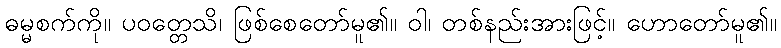
ဓမ္မစက်ကို။ ပဝတ္တေသိ၊ ဖြစ်စေတော်မူ၏။ ဝါ၊ တစ်နည်းအားဖြင့်။ ဟောတော်မူ၏။